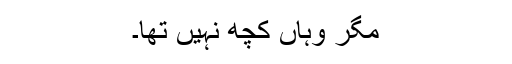
مگر وہاں کچھ نہیں تھا۔